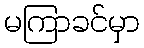
မကြာခင်မှာ